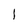
Character: l